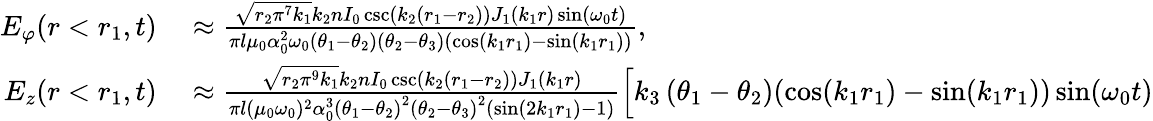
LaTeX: \begin{array}{rl}{E_{\varphi}(r<r_{1},t)}&{{}\approx\frac{\sqrt{r_{2}\pi^{7}k_{1}}k_{2}nI_{0}\csc(k_{2}(r_{1}-r_{2}))J_{1}(k_{1}r)\sin(\omega_{0}t)}{\pi l\mu_{0}\alpha_{0}^{2}\omega_{0}\left(\theta_{1}-\theta_{2}\right)\left(\theta_{2}-\theta_{3}\right)(\cos(k_{1}r_{1})-\sin(k_{1}r_{1}))},}\\ {E_{z}(r<r_{1},t)}&{{}\approx\frac{\sqrt{r_{2}\pi^{9}k_{1}}k_{2}nI_{0}\csc(k_{2}(r_{1}-r_{2}))J_{1}(k_{1}r)}{\pi l(\mu_{0}\omega_{0})^{2}\alpha_{0}^{3}\left(\theta_{1}-\theta_{2}\right)^{2}\left(\theta_{2}-\theta_{3}\right)^{2}(\sin(2k_{1}r_{1})-1)}\Big[k_{3}\left(\theta_{1}-\theta_{2}\right)(\cos(k_{1}r_{1})-\sin(k_{1}r_{1}))\sin(\omega_{0}t)}\end{array}